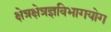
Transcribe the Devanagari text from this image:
क्षेत्रक्षेत्रज्ञविभागयोग